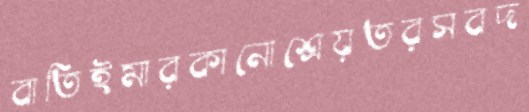
বাতিইমারকানোশ্রেয়তরসবদ